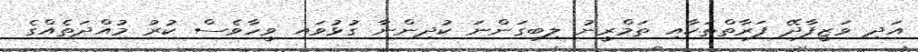
އަދި ވަޒީފާދޭ ފަރާތްތަކާއި ތަމްރީނު ލިބިގަންނަ ކުދިންނާ ގުޅުވައި ވީހާވެސް ކުރު މުއްދަތެއްގެ